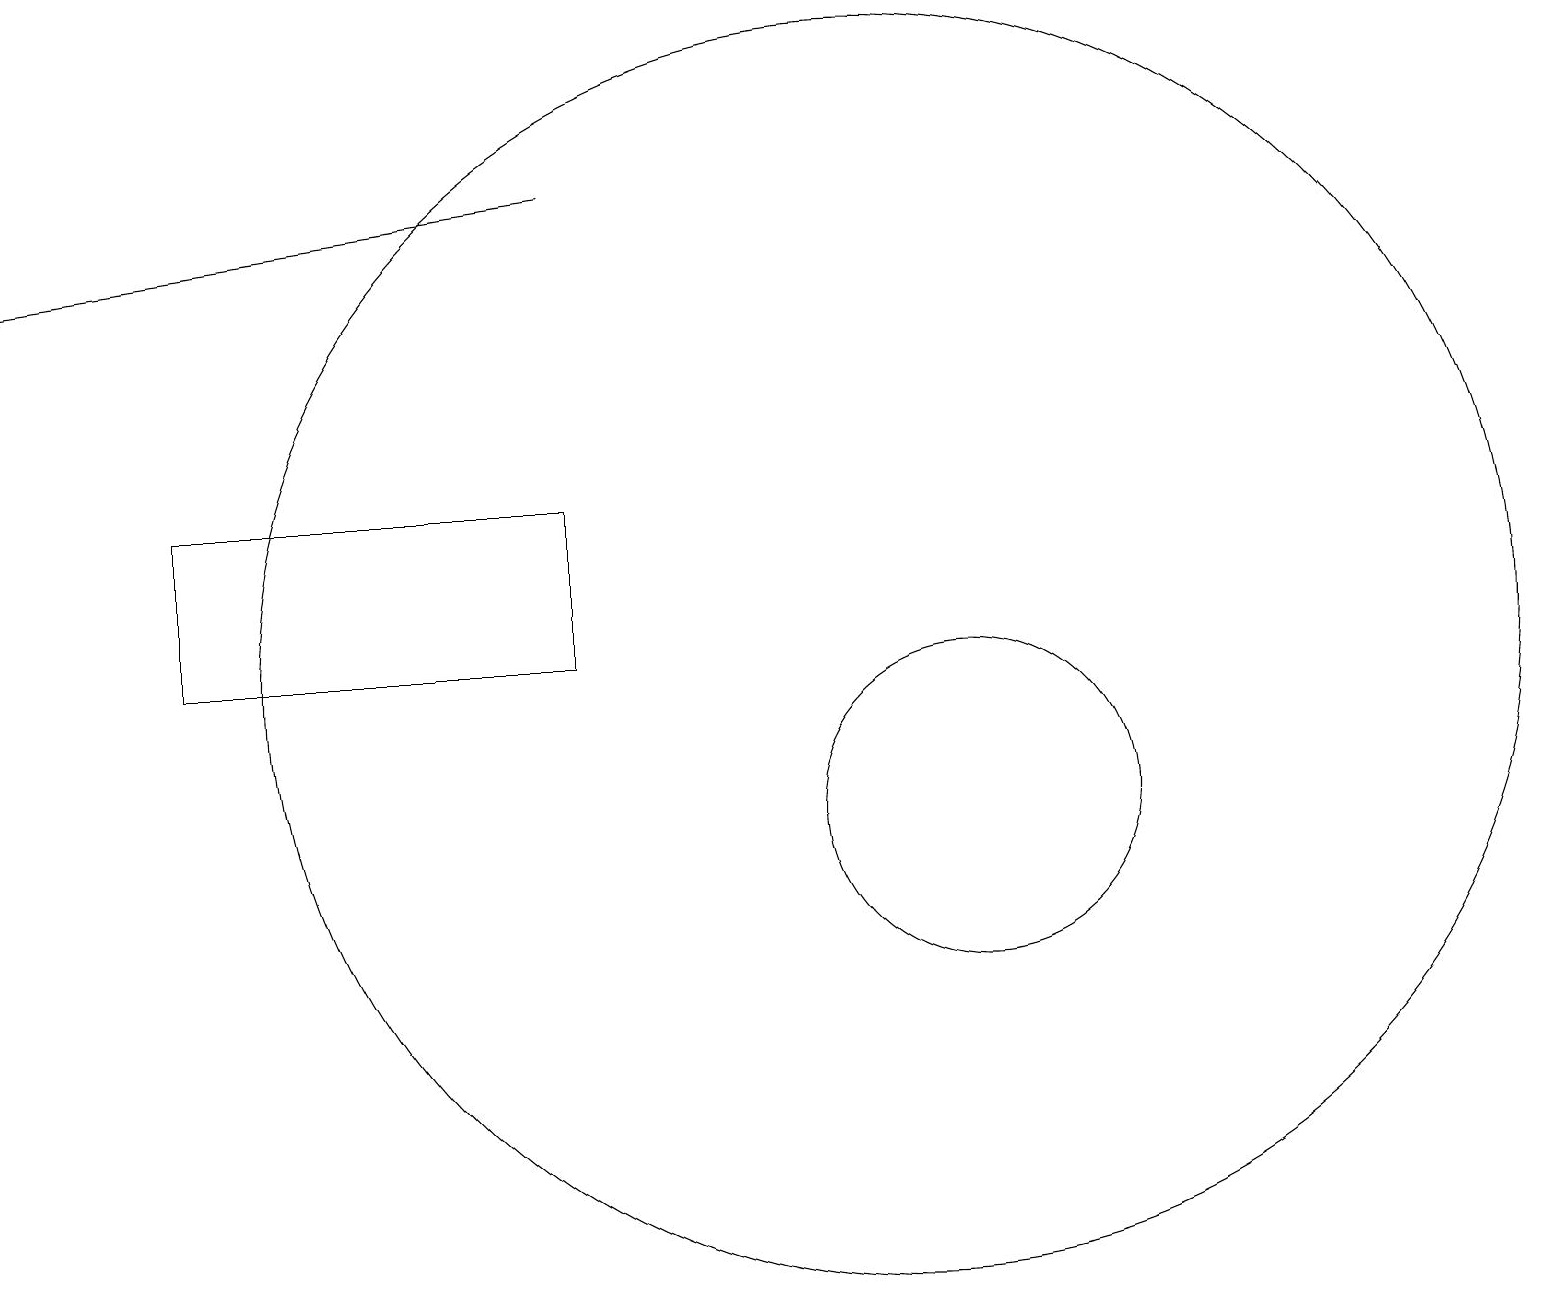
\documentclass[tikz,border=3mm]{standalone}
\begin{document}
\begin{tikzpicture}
\draw[->] (7,18) -- (0,17);
\draw (12,10) circle (2);
\draw (7,14) rectangle (2,12);
\draw (11,12) circle (8);
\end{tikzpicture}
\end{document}